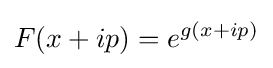
F(x+ip)=e^{g(x+ip)}